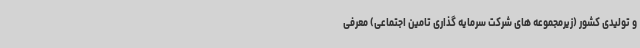
و تولیدی کشور (زیرمجموعه های شرکت سرمایه گذاری تامین اجتماعی) معرفی